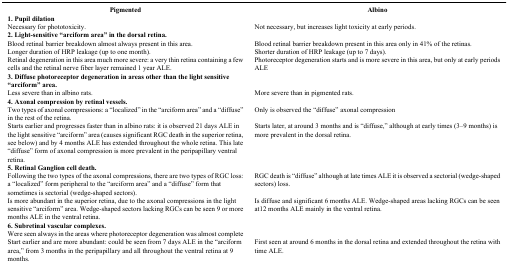
<table><thead><tr><td><b>Pigmented</b></td><td><b>Albino</b></td></tr></thead><tbody><tr><td colspan="2"><b>1. Pupil dilation</b></td></tr><tr><td>Necessary for phototoxicity.</td><td>Not necessary, but increases light toxicity at early periods.</td></tr><tr><td colspan="2"><b>2. Light-sensitive “arciform area” in the dorsal retina.</b></td></tr><tr><td>Blood retinal barrier breakdown almost always present in this area.</td><td>Blood retinal barrier breakdown present in this area only in 41% of the retinas.</td></tr><tr><td>Longer duration of HRP leakage (up to one month).</td><td>Shorter duration of HRP leakage (up to 7 days).</td></tr><tr><td>Retinal degeneration in this area much more severe: a very thin retina containing a few cells and the retinal nerve fiber layer remained 1 year ALE.</td><td>Photoreceptor degeneration starts and is more severe in this area, but only at early periods ALE</td></tr><tr><td colspan="2"><b>3. Diffuse photoreceptor degeneration in areas other than the light sensitive “arciform” area.</b></td></tr><tr><td>Less severe than in albino rats.</td><td>More severe than in pigmented rats.</td></tr><tr><td colspan="2"><b>4. Axonal compression by retinal vessels.</b></td></tr><tr><td>Two types of axonal compressions: a “localized” in the “arciform area” and a “diffuse” in the rest of the retina.</td><td>Only is observed the “diffuse” axonal compression</td></tr><tr><td>Starts earlier and progresses faster than in albino rats: it is observed 21 days ALE in the light sensitive “arciform” area (causes significant RGC death in the superior retina, see below) and by 4 months ALE has extended throughout the whole retina. This late “diffuse” form of axonal compression is more prevalent in the peripapillary ventral retina.</td><td>Starts later, at around 3 months and is “diffuse,” although at early times (3–9 months) is more prevalent in the dorsal retina.</td></tr><tr><td colspan="2"><b>5. Retinal Ganglion cell death.</b></td></tr><tr><td>Following the two types of the axonal compressions, there are two types of RGC loss: a “localized” form peripheral to the “arciform area” and a “diffuse” form that sometimes is sectorial (wedge-shaped sectors).</td><td>RGC death is “diffuse” although at late times ALE it is observed a sectorial (wedge-shaped sectors) loss.</td></tr><tr><td>Is more abundant in the superior retina, due to the axonal compressions in the light sensitive “arciform” area. Wedge-shaped sectors lacking RGCs can be seen 9 or more months ALE in the ventral retina.</td><td>Is diffuse and significant 6 months ALE. Wedge-shaped areas lacking RGCs can be seen at12 months ALE mainly in the ventral retina.</td></tr><tr><td colspan="2"><b>6. Subretinal vascular complexes.</b></td></tr><tr><td colspan="2">Were seen always in the areas where photoreceptor degeneration was almost complete</td></tr><tr><td>Start earlier and are more abundant: could be seen from 7 days ALE in the “arciform area,” from 3 months in the peripapillary and all throughout the ventral retina at 9 months.</td><td>First seen at around 6 months in the dorsal retina and extended throughout the retina with time ALE.</td></tr></tbody></table>